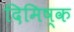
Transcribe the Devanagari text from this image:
दिमिष्क